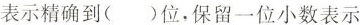
表示精确到（ ）位，保留一位小数表示